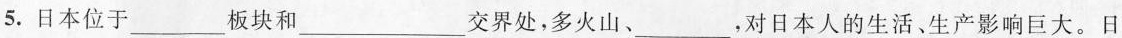
5.日本位于___板块和___交界处，多火山、___，对日本人的生活、生产影响巨大。